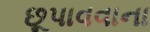
છૂપાવવાના